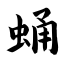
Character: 蛹